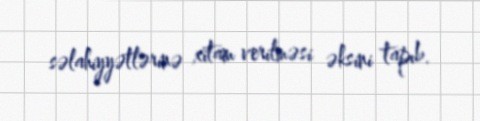
səlahiyyətlərinə xitam verilməsi əksini tapıb.